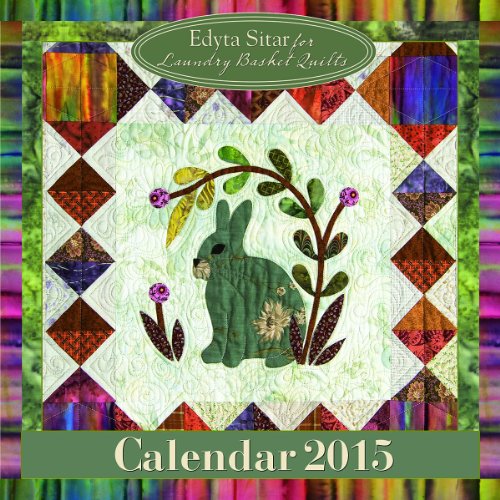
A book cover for Laundry Basket Quilt Calendar 2015; Edyta Sitar; Calendars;